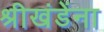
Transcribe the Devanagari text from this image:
श्रीखंडेंना